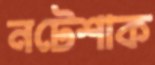
নটেশাক